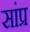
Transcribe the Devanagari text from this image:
सांप्र